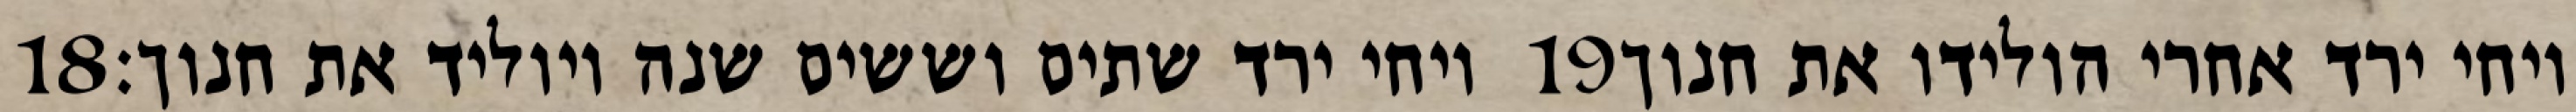
‎18‏ ויחי ירד שתים וששים שנה ויוליד את חנוך׃ ‎19‏ ויחי ירד אחרי הולידו את חנוך